Civil Veterinary Department Bihar & Orissa reports 1922-29 - 1922-1929
Year: 1922
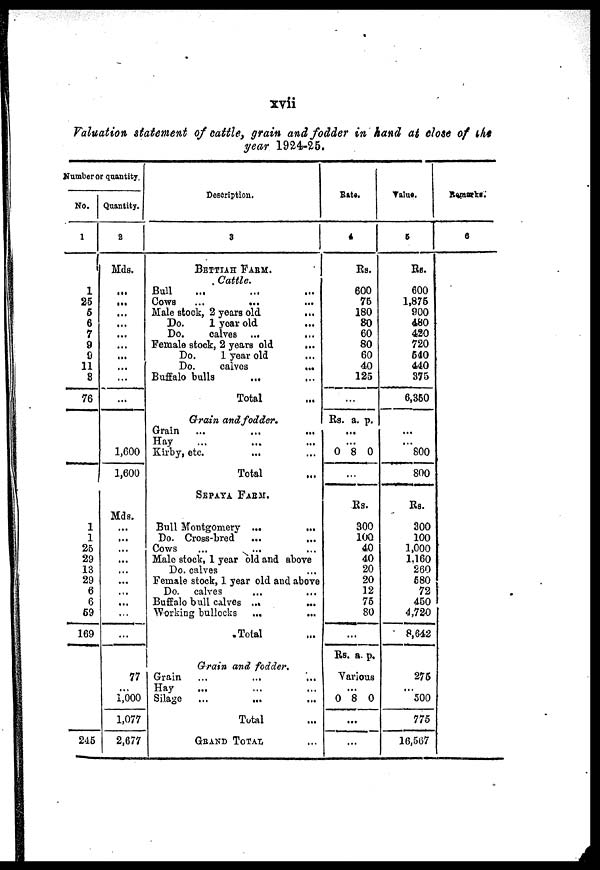
Valuation statement of cattle, grain and fodder in hand at close of the
year 1924-25.
Number or quantity.
No.
1
1
25
6
6
7
9
0
11
8
76
1
1
25
29
13
29
6
6
69
169
245
Quantity.
2
Mds.
...
...
...
...
...
...
...
...
...
...
1,600
1,600
Mds.
...
...
...
...
....
...
...
...
...
...
77
1,000
1,077
2,677
Deseription.
3
BETTIAH FARM.
Cattle.
Bull
COWS
...
...
Male stock, 2 years old
Do.
1 year old
Do.
calves ...
...
Female stock, 2 years old
...
Do.
1 year old
Do.
calves
...
Buffalo bulls
...
Total
Grain and fodder.
Grain
Hay
Kirby, etc.
Total
SEPAYA FARM.
Bull Montgomery ...
Do. Cross-bred
Cows
Male stock, 1 year old and above
Do. calves
Female stock, 1 year old and above
Do. calves
Buffalo bull calves ...
...
Working bullocks ...
...
Total
Grain and fodder.
Grain
Hay
Silage
Total
GRAND TOTAL
Rate.
4
Kg.
600
75
180
80
60
80
60
40
125
...
Rs.
0
a.
8
p.
0
Rs.
300
100
40
40
20
20
12
75
80
...
Rs . a. p.
Various
0 8
...
...
0
Value.
6
Rs.
600
1,875
900
480
420
720
640
440
375
6,350
...
800
800
Rs.
300
100
1,000
1,160
260
580
72
450
4,720
8,642
275
500
775
16,567
Remarks.
6
: